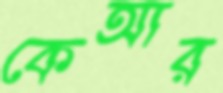
কেআর